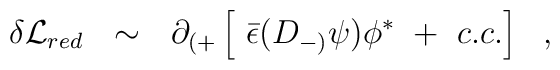
\delta {\cal L}_{red}~~\sim~~ \partial_{(+}\left [~{\bar \epsilon} ( D_{-)}\psi)\phi^* ~+~c.c.\right]~~,